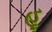
હૂ